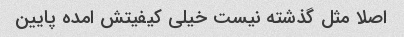
اصلا مثل گذشته نیست خیلی کیفیتش امده پایین